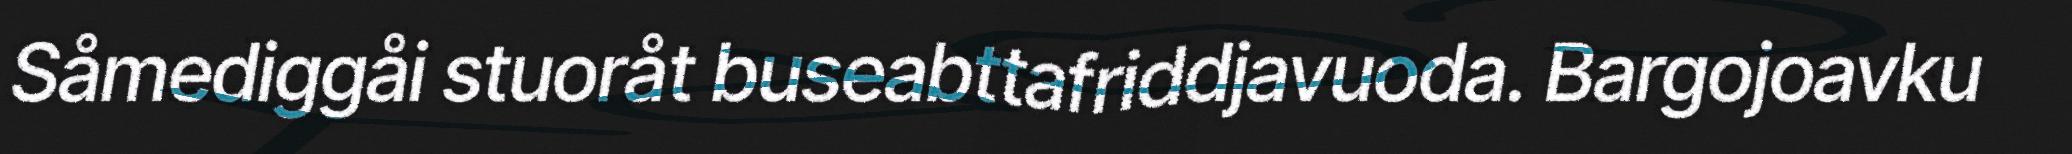
Såmediggåi stuoråt buseabttafriddjavuoda. Bargojoavku